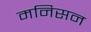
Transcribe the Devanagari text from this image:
मनिसन